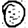
Digit: 0